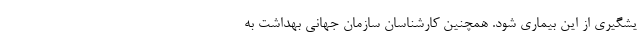
یشگیری از این بیماری ‌شود. همچنین کارشناسان سازمان جهانی بهداشت به